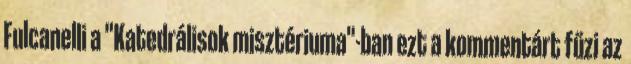
Fulcanelli a "Katedrálisok misztériuma"-ban ezt a kommentárt fűzi az